On the action of the venoms of the cobra (Naja tripudians) and of the daboia (Daboia russellii) on the red blood corpuscles and on the blood plasma - Number 4
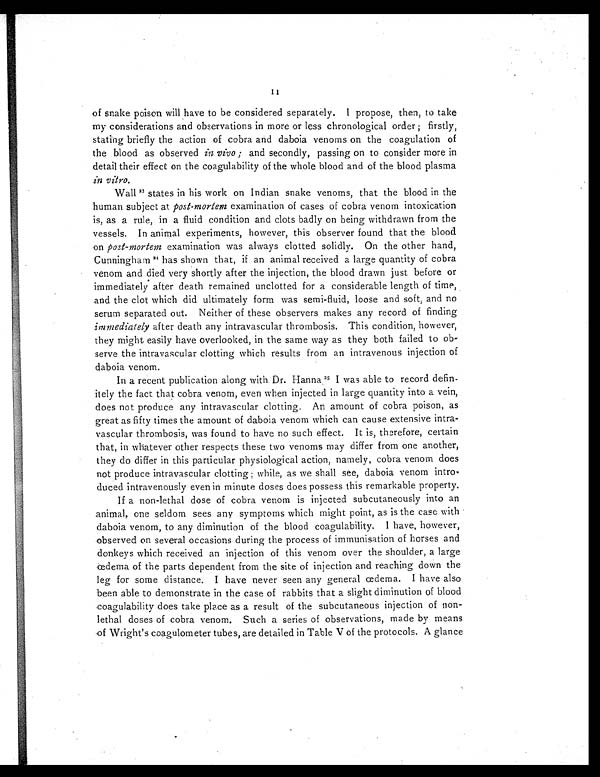
11
of snake poison will have to be considered separately. I propose, then, to take
my considerations and observations in more or less chronological order ; firstly,
stating briefly the action of cobra and daboia venoms on the coagulation of
the blood as observed in vivo ; and secondly, passing on to consider more in
detail their effect on the coagulability of the whole blood and of the blood plasma
in vitro.
Wall 2 3
s t a t e s i n h i s w o r k o n I n d i a n s n a k e v e n o m s , t h a t t h e b l o o d i n t h e
human subject at post-mortem examination of cases of cobra venom intoxication
is, as a rule, in a fluid condition and clots badly on being withdrawn from the
vessels. In animal experiments, however, this observer found that the blood
on post-mortem examination was always clotted solidly. On the other hand,
Cunningham 24 has shown that, if an animal received a large quantity of cobra
venom and died very shortly after the injection, the blood drawn just before or
immediately after death remained unclotted for a considerable length of time,
and the clot which did ultimately form was semi-fluid, loose and soft ; and no
serum separated out. Neither of these observers makes any record of finding
immediately after death any intravascular thrombosis. This condition, however,
they might easily have overlooked, in the same way as they both failed to ob-
serve the intravascular clotting which results from an intravenous injection of
daboia venom.
In a recent publication along with Dr. Hanna
2 5
I w a s a b l e t o r e c o r d d e f i n -
itely the fact that cobra venom, even when injected in large quantity into a vein,
does not produce any intravascular clotting. An amount of cobra poison, as
great as fifty times the amount of daboia venom which can cause extensive intra-
vascular thrombosis, was found to have no such effect. It is, therefore, certain
that, in whatever other respects these two venoms may differ from one another,
they do differ in this particular physiological action, namely, cobra venom does
not produce intravascular clotting ; while, as we shall see, daboia venom intro -
duced intravenously even in minute doses does possess this remarkable property.
If a non-lethal dose of cobra venom is injected subcutaneously into an
animal, one seldom sees any symptoms which might point, as is the case with
daboia venom, to any diminution of the blood coagulability. I have, however,
observed on several occasions during the process of immunisation of horses and
donkeys which received an injection of this venom over the shoulder, a large
œdema of the parts dependent from the site of injection and reaching down the
leg for some distance. I have never seen any general œdema. I have also
been able to demonstrate in the case of rabbits that a slight diminution of blood
coagulability does take place as a result of the subcutaneous injection of non-
lethal doses of cobra venom. Such a series of observations, made by means
of Wright's coagulometer tubes, are detailed in Table V of the protocols. A glance